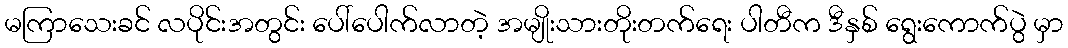
မကြာသေးခင် လပိုင်းအတွင်း ပေါ်ပေါက်လာတဲ့ အမျိုးသားတိုးတက်ရေး ပါတီက ဒီနှစ် ရွေးကောက်ပွဲ မှာ